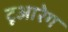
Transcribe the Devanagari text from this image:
टूआरेग